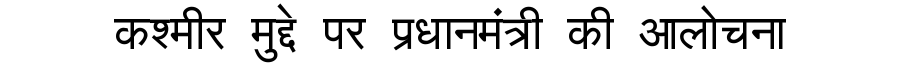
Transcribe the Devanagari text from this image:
कश्मीर मुद्दे पर प्रधानमंत्री की आलोचना